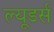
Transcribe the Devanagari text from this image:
ल्यूडर्स